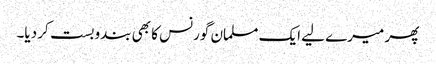
پھر میرے لیے ایک مسلمان گورنس کا بھی بندوبست کر دیا۔